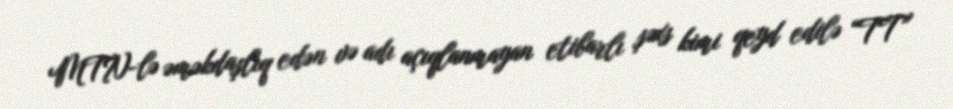
MTN-lə əməkdaşlıq edən və adı açıqlanmayan etibarlı şəxs kimi qeyd edilə “TT”